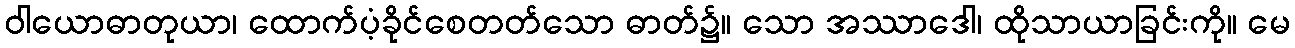
ဝါယောဓာတုယာ၊ ထောက်ပံ့ခိုင်စေတတ်သော ဓာတ်၌။ သော အဿာဒေါ၊ ထိုသာယာခြင်းကို။ မေ